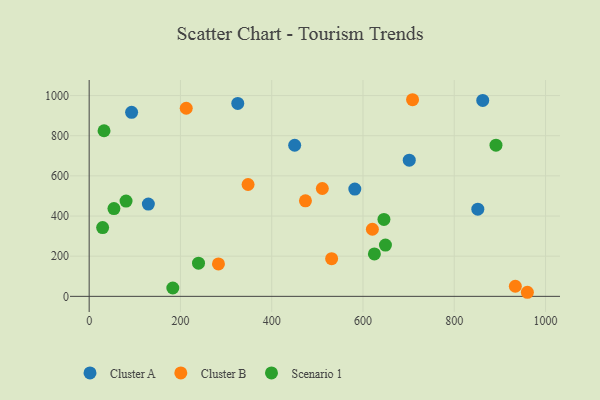
{"axis": {"x": "Experience", "y": "Fuel Efficiency"}, "legend": ["Cluster A", "Cluster B", "Scenario 1"], "data": [{"x": "93.0", "y": 916.5, "type": "Cluster A"}, {"x": "701.4", "y": 678.4, "type": "Cluster A"}, {"x": "582.1", "y": 534.1, "type": "Cluster A"}, {"x": "325.6", "y": 960.7, "type": "Cluster A"}, {"x": "862.4", "y": 975.7, "type": "Cluster A"}, {"x": "450.3", "y": 752.6, "type": "Cluster A"}, {"x": "851.6", "y": 434.0, "type": "Cluster A"}, {"x": "129.7", "y": 459.4, "type": "Cluster A"}, {"x": "708.6", "y": 979.3, "type": "Cluster B"}, {"x": "960.2", "y": 20.3, "type": "Cluster B"}, {"x": "473.9", "y": 475.7, "type": "Cluster B"}, {"x": "212.7", "y": 936.8, "type": "Cluster B"}, {"x": "283.3", "y": 161.4, "type": "Cluster B"}, {"x": "933.8", "y": 50.2, "type": "Cluster B"}, {"x": "510.9", "y": 537.2, "type": "Cluster B"}, {"x": "531.3", "y": 187.8, "type": "Cluster B"}, {"x": "348.2", "y": 557.2, "type": "Cluster B"}, {"x": "620.6", "y": 334.3, "type": "Cluster B"}, {"x": "32.6", "y": 824.7, "type": "Scenario 1"}, {"x": "645.9", "y": 383.1, "type": "Scenario 1"}, {"x": "183.3", "y": 41.7, "type": "Scenario 1"}, {"x": "649.2", "y": 255.4, "type": "Scenario 1"}, {"x": "29.5", "y": 342.4, "type": "Scenario 1"}, {"x": "625.0", "y": 211.5, "type": "Scenario 1"}, {"x": "239.6", "y": 165.0, "type": "Scenario 1"}, {"x": "891.4", "y": 753.1, "type": "Scenario 1"}, {"x": "54.3", "y": 437.1, "type": "Scenario 1"}, {"x": "80.8", "y": 474.5, "type": "Scenario 1"}]}